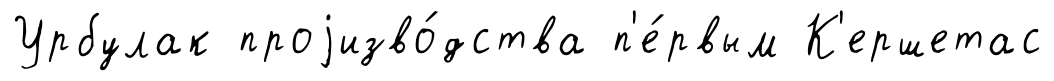
Урбулак проjизво́дства п'е́рвым К'ершетас